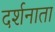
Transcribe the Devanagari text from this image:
दर्शनाता